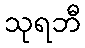
သုရဘီ